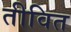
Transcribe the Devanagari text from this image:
तीवित